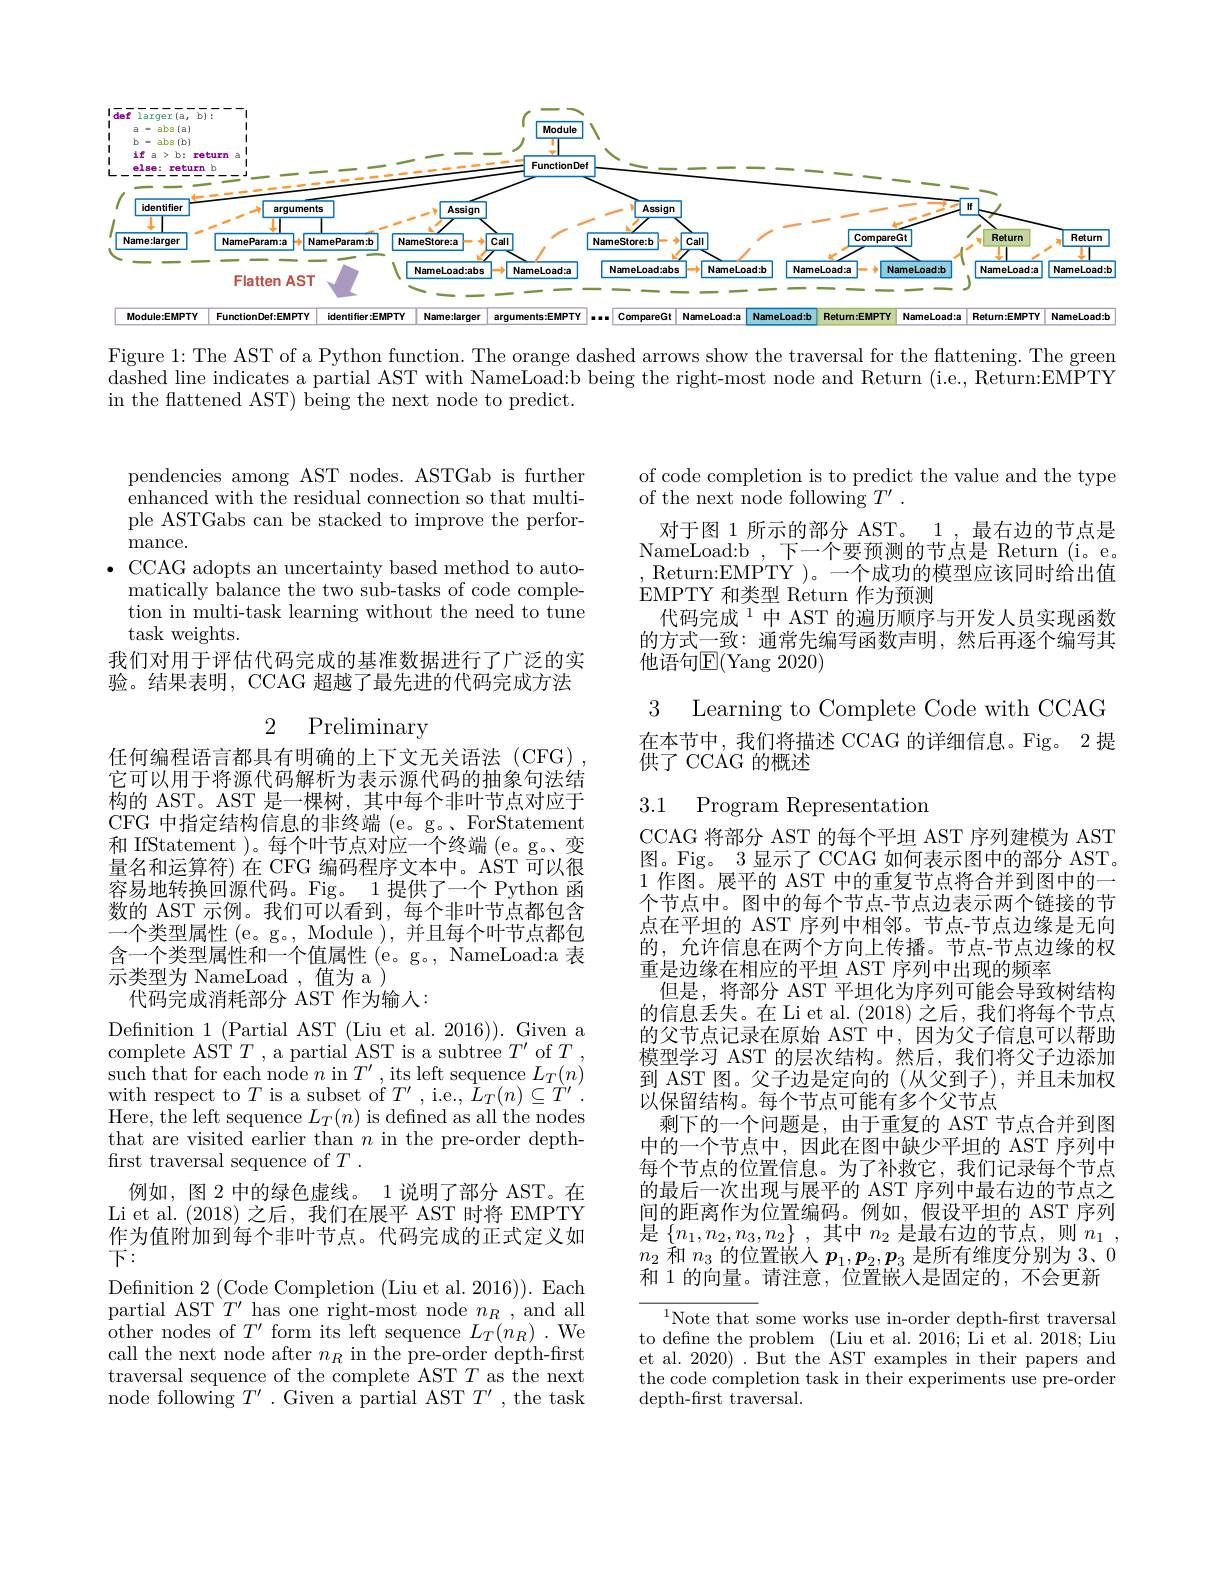
<FigureHere>

Figure 1:The AST of a Python function. The orange dashed arrows show the traversal for the flattening. The green dashed line indicates a partial AST with NameLoad:b being the right-most node and Return (i.e., Return:EMPTY in the flattened AST) being the next node to predict.

pendencies among AST nodes. ASTGab is further enhanced with the residual connection so that multiple ASTGabs can be stacked to improve the performance.
$\bullet$ CCAG adopts an uncertainty based method to auto-
matically balance the two sub-tasks of code completion in multi-task learning without the need to tune task weights.
我们对用于评估代码完成的基准数据进行了广泛的实验。结果表明，CCAG 超越了最先进的代码完成方法

2 Preliminary

任何编程语言都具有明确的上下文无关语法 (CFG) 它可以用于将源代码解析为表示源代码的抽象句法结构的 AST。AST 是一棵树，其中每个非叶节点对应于CFG 中指定结构信息的非终端 (e。g。、ForStatement 和 IfStatement )。每个叶节点对应一个终端 (e。g。变量名和运算符)在 CFG 编码程序文本中。AST 可以很容易地转换回源代码。Fig。1提供了一个 Python 函数的 AST 示例。我们可以看到，每个非叶节点都包含一个类型属性 (e。g。, Module ),并且每个叶节点都包含一个类型属性和一个值属性 (e。g。, NameLoad:a 表示类型为 NameLoad ,值为 a )
代码完成消耗部分 AST 作为输人：

Defnition 1 (Partial AST (Liu et al. 2016)). Given a complete AST $T$ , a partial AST is a subtree $T^\prime$ of $T$, $\operatorname{such}$ that for each node $n$ in $T^\prime$, its left sequence $L_T(n)$ with respect to $T$ is a subset of $T^\prime$, i.e., $\tilde{L}_T(n)\subseteq\tilde{T}^{\prime}.$ Here, the left sequence $L_T(n)$ is defned as all the nodes that are visited earlier than $n$ in the pre-order depthfrst traversal sequence of $T.$
例如，图 2 中的绿色虚线。
1 说明了部分 AST。在
Li et al. (2018)之后，我们在展平 AST 时将 EMPTY 作为值附加到每个非叶节点。代码完成的正式定义如$下：$
Definition 2 (Code Completion (Liu et al. 2016)). Each partial AST $T^\prime$ has one right-most node $n_R$, and all ${\mathrm{other~nodes~of~}T^{\prime}}{\mathrm{~form~its~left~sequence~}L_{T}(n_{R}).\mathrm{~We}}$ call the next node after $n_R$ in the pre-order depth-first traversal sequence of the complete AST $T$ as the next node following $T^\prime$ . Given a partial AST $T^\prime$, the task

of code completion is to predict the value and the type
of the next node following $T^\prime$ .
对于图 1 所示的部分 AST。1 ,最右边的节点是NameLoad:b ,下一个要预测的节点是 Return (i。e。,Return:EMPTY)。
·个成功的模型应该同时给出值
EMPTY和类型 Return 作为预测
代码完成$^{1}$中 AST 的遍历顺序与开发人员实现函数的方式一致：通常先编写函数声明，然后再逐个编写其他语句$\mathbb{E}($Yang 2020)

# 3 Learning to Complete Code with CCAG 在本节中，我们将描述 CCAG 的详细信息。Fig。2提供了 CCAG 的概述

3.1 Program Representation

CCAG 将部分 AST 的每个平坦 AST 序列建模为 AST 图。Fig。3 显示了 CCAG 如何表示图中的部分 AST。1作图。展平的 AST 中的重复节点将合并到图中的一个节点中。图中的每个节点-节点边表示两个链接的节点在平坦的 AST 序列中相邻。节点-节点边缘是无向的，允许信息在两个方向上传播。节点-节点边缘的权重是边缘在相应的平坦 AST 序列中出现的频率
但是，将部分 AST 平坦化为序列可能会导致树结构的信息丢失。在 Li et al. (2018) 之后，我们将每个节点的父节点记录在原始 AST 中，因为父子信息可以帮助模型学习 AST 的层次结构。然后，我们将父子边添加到 AST 图。父子边是定向的 (从父到子), 并且未加权以保留结构。每个节点可能有多个父节点
剩下的一个问题是，由于重复的 AST 节点合并到图中的一个节点中，因此在图中缺少平坦的 AST 序列中每个节点的位置信息。为了补救它，我们记录每个节点的最后一次出现与展平的 AST 序列中最右边的节点之间的距离作为位置编码。例如，假设平坦的 AST 序列是$\left\{n_1,n_2,n_3,n_2\right\}$,其中$n_2$是最右边的节点，则$n_1$, $n_2$和$n_3$的位置嵌入$p_1,p_2,p_3$是所有维度分别为 3、0和 1 的向量。请注意，位置嵌入是固定的，不会更新

$^{1}$Note that some works use in-order depth-first traversal to define the problem (Liu et al.2016; Li et al. 2018; Liu et al. 2020) . But the AST examples in their papers and the code completion task in their experiments use pre-order depth-first traversal.